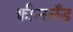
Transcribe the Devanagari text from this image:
क्वीन्स्लँड